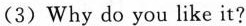
(3)Why do you like it?